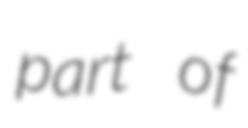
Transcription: part of